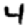
Digit: 4